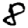
Digit: 8